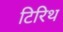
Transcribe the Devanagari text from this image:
टिरिथ